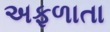
અફળાતા